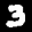
Label: 3